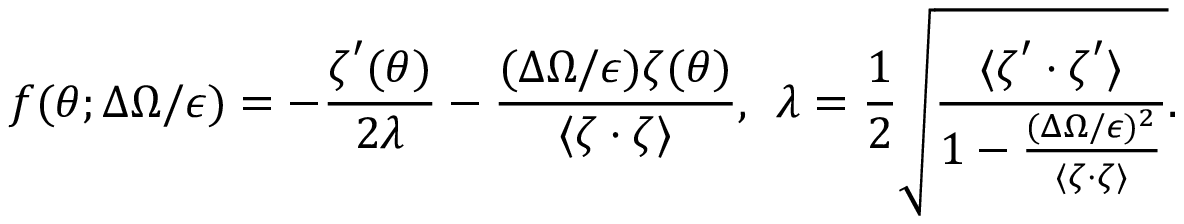
\boldsymbol { f } ( \theta ; \Delta \Omega / \epsilon ) = - \frac { \boldsymbol { \zeta } ^ { \prime } ( \theta ) } { 2 \lambda } - \frac { ( \Delta \Omega / \epsilon ) \boldsymbol { \zeta } ( \theta ) } { \langle \boldsymbol { \zeta } \cdot \boldsymbol { \zeta } \rangle } , \: \: \lambda = \frac { 1 } { 2 } \sqrt { \frac { \langle \boldsymbol { \zeta } ^ { \prime } \cdot \boldsymbol { \zeta } ^ { \prime } \rangle } { 1 - \frac { ( \Delta \Omega / \epsilon ) ^ { 2 } } { \langle \boldsymbol { \zeta } \cdot \boldsymbol { \zeta } \rangle } } } .